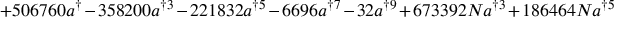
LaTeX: + 5 0 6 7 6 0 a ^ { \dag } - 3 5 8 2 0 0 a ^ { \dag 3 } - 2 2 1 8 3 2 a ^ { \dag 5 } - 6 6 9 6 a ^ { \dag 7 } - 3 2 a ^ { \dag 9 } + 6 7 3 3 9 2 N a ^ { \dag 3 } + 1 8 6 4 6 4 N a ^ { \dag 5 }